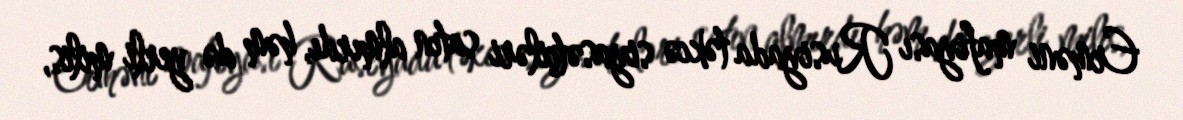
Erməni mafiyası Rusiyada təkcə siyasətçiləri satın almırdı, həm də yerli milis,